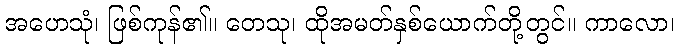
အဟေသုံ၊ ဖြစ်ကုန်၏။ တေသု၊ ထိုအမတ်နှစ်ယောက်တို့တွင်။ ကာလော၊